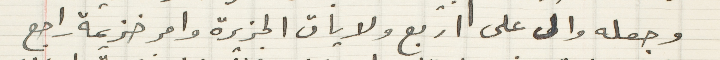
وجعله والى على اربع ولايات الجزيرة وامر خزيمة راجع